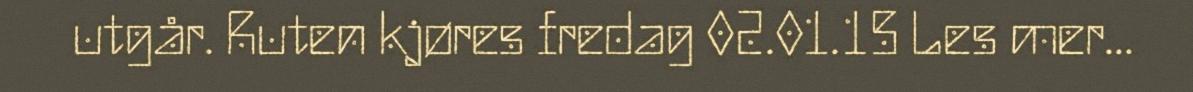
utgår. Ruten kjøres fredag 02.01.15 Les mer...